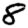
Digit: 8